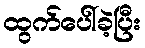
ထွက်ပေါ်ခဲ့ပြီး